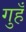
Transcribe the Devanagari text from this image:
गुहँ